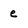
Character: e